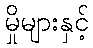
မှိုများနှင့်